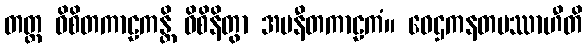
တတ္ထ ဝိစိတကာဠကန္တိ ဝိစိနိတွာ အပနီတကာဠကံ။ ဝေဌကနတပဿာဟီတိ